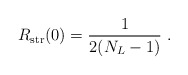
\begin{align*}R_{\rm str}(0) = {1\over 2 (N_L-1)}\ .\end{align*}